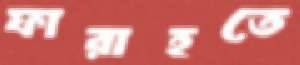
ফারাহতে